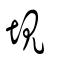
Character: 垷